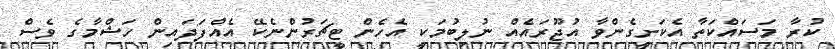
ކުރާ މަސައްކަތާ އެކަށީގެންވާ އުޖޫރައެއް ނުލިބުމަކީ އެހެން ޓީޗަރުންނެކޭ އެއްފަދައިން ހަޝްމާގެ ވެސް